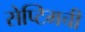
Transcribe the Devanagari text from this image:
सेप्टिमची